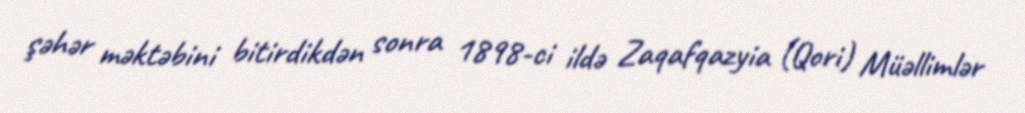
şəhər məktəbini bitirdikdən sonra 1898-ci ildə Zaqafqazyia (Qori) Müəllimlər